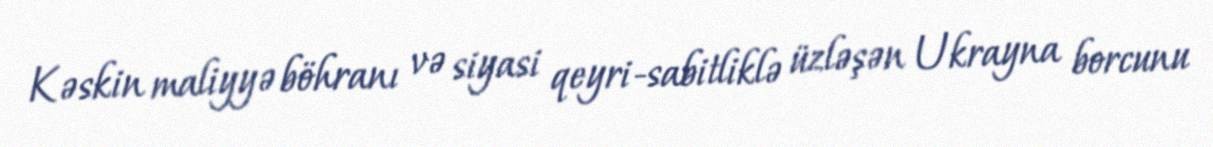
Kəskin maliyyə böhranı və siyasi qeyri-sabitliklə üzləşən Ukrayna borcunu